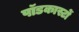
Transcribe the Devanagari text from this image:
पॉडकास्टों